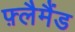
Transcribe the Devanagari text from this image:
फ़्लैमैंड